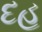
દહ